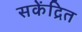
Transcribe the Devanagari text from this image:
सकेंद्रित